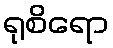
ရုစိရော